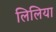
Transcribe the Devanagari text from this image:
लिलिया